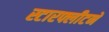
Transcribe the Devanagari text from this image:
स्टारफ्लीटने